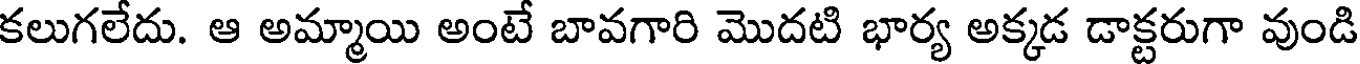
కలుగలేదు. ఆ అమ్మాయి అంటే బావగారి మొదటి భార్య అక్కడ డాక్టరుగా వుండి